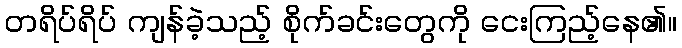
တရိပ်ရိပ် ကျန်ခဲ့သည့် စိုက်ခင်းတွေကို ငေးကြည့်နေ၏။